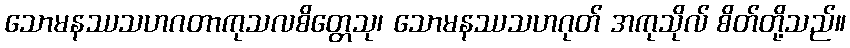
သောမနဿသဟဂတာကုသလစိတ္တေသု၊ သောမနဿသဟဂုတ် အကုသိုလ် စိတ်တို့သည်။